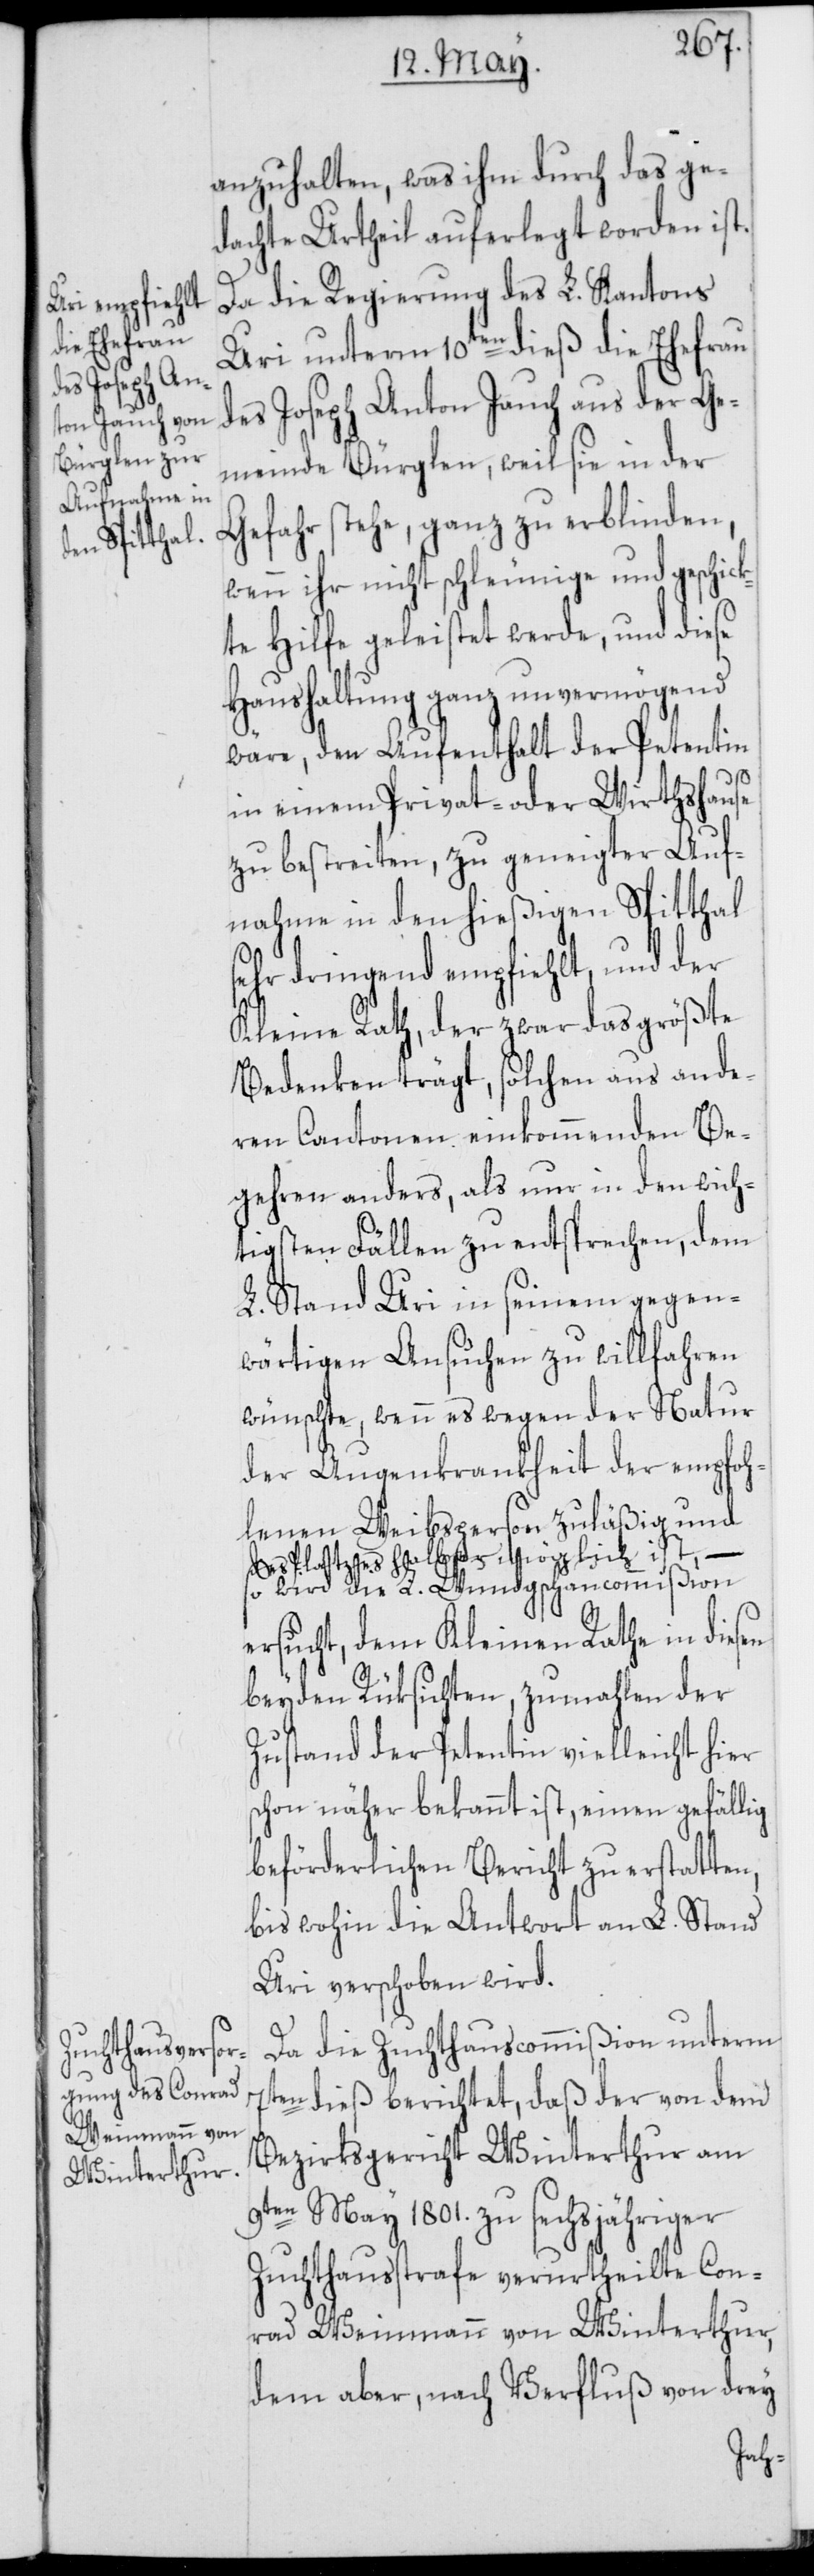
anzuhalten, was ihm durch das ge¬
dachte Urtheil auferlegt worden ist.
Da die Regierung des L. Kantons
Uri unterm 10ten dieß die Ehefrau
des Joseph Anton Jauch aus der Ge¬
meinde Bürglen, weil sie in der
Gefahr stehe, ganz zu erblinden,
wenn ihr nicht schleunige und geschick¬
te Hilfe geleistet werde, und diese
Haushaltung ganz unvermögend
wäre, den Aufenthalt der Petentin
in einem Privat- oder Wirthshause
zu bestreiten, zu geneigter Auf¬
nahme in den hießigen Spitthal
sehr dringend empfiehlt, und der
Kleine Rath, der zwar das größte
Bedenken trägt, solchen aus ande¬
ren Cantonen einkommenden Be¬
gehren anders, als nur in den wich¬
tigsten Fällen zu entsprechen, dem
L. Stand Uri in seinem gegen¬
wärtigen Ansuchen zu willfahren
wünsche, wenn es wegen der Natur
der Augenkrankheit der empfoh¬
lenen Weibsperson zuläßig und
a-des Platzes halber möglich ist, –-a
so wird die L. Wundgschaucommißion
ersucht, dem Kleinen Rathe in diesen
beyden Rüksichten, zumahlen der
Zustand der Petentin vielleicht hier
schon näher bekannt ist, einen gefällig
beförderlichen Bericht zu erstatten,
bis wohin die Antwort an L. Stand
Uri verschoben wird.
Da die Zuchthauscommißion unterm
7ten dieß berichtet, daß der von dem
Bezirksgericht Winterthur am
9ten May 1801. zu sechsjähriger
Zuchthausstrafe verurtheilte Con¬
rad Weinmann von Winterthur,
dem aber, nach Verfluß von drey